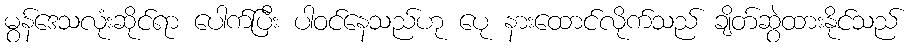
မွန်ဒေသလုံးဆိုင်ရာ ပေါက်ပြီး ပါဝင်နေသည်ဟု ပေု နားထောင်လိုက်သည် ချိတ်ဆွဲထားနိုင်သည်